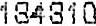
184810